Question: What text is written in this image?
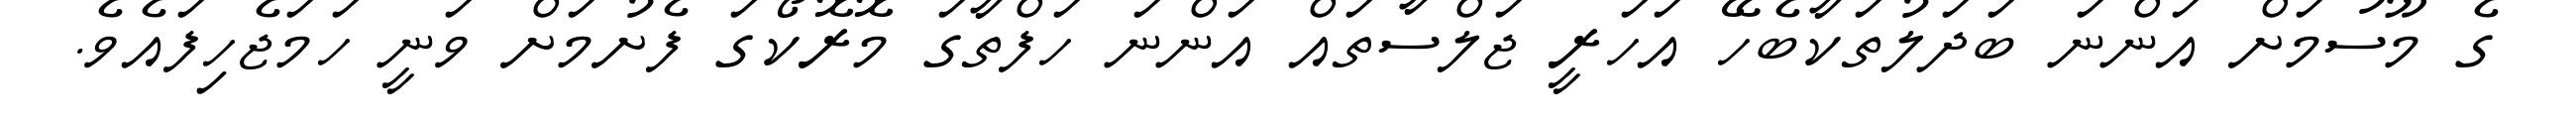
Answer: ގެ މޫސުމަށް އަންނަ ބަދަލުތަކާބެހޭ އަހަރީ ޖަލްސާތައް އަންނަ ހަފްތާގަ މޮރޮކޯގަ ފެށުމަށް ވަނީ ހަމަޖެހިފައެވެ.